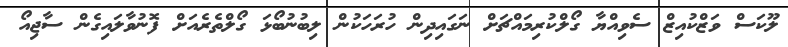
ލޫކަސް ވަޒްކުއިޒް ސެވިއްޔާ ގޯލްކުރިމައްޗަށް ނަގައިދިން ހުރަހަކުން ލިބުނުބޯޅަ ގޯލްތެރެއަށް ފޮނުވާލައިގެން ސާޖިއޯ